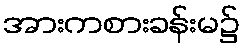
အားကစားခန်းမ၌